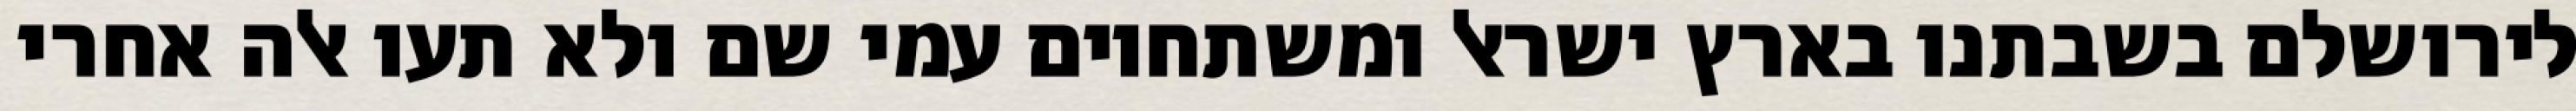
לירושלם בשבתנו בארץ ישראל ומשתחוים עמי שם ולא תעו אלה אחרי